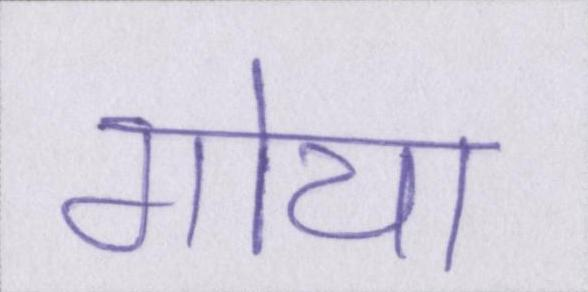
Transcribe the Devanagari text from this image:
गोया